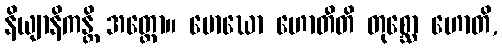
နိယျာနိကန္တိ အတ္ထော။ မောဃော ဟောတီတိ တုစ္ဆော ဟောတိ,